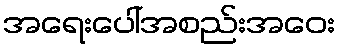
အရေးပေါ်အစည်းအဝေး